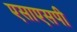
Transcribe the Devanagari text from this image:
एसाएसपी